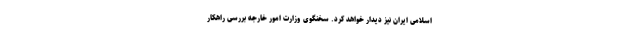
اسلامی ایران نیز دیدار خواهد کرد. سخنگوی وزارت امور خارجه بررسی راهکار